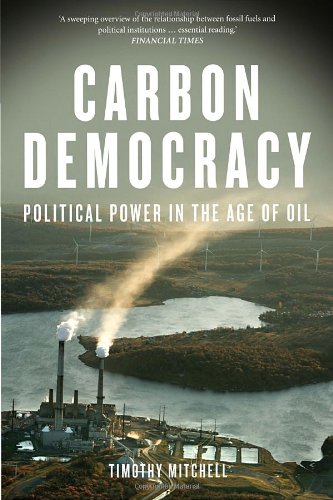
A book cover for Carbon Democracy: Political Power in the Age of Oil; Timothy Mitchell; Business & Money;